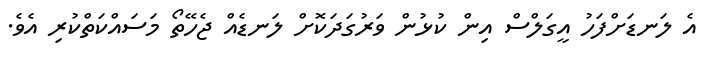
އެ ލަނޑަށްފަހު އީގަލްސް އިން ކުޅުން ވަރުގަދަކޮށް ލަނޑެއް ޖެހޭތޯ މަސައްކަތްކުރި އެވެ.